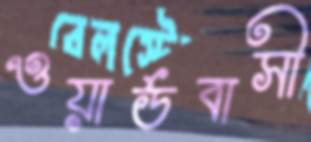
ওয়ার্ডবাসী